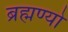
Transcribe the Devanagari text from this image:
ब्रह्मण्यो